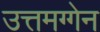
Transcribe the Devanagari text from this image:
उत्तमग्गेन